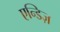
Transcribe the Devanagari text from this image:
एन्डिज़